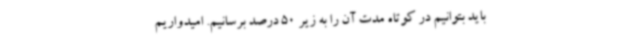
باید بتوانیم در کوتاه مدت آن را به زیر 50 درصد برسانیم. امیدواریم